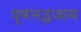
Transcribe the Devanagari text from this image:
वृषभद्धजाय